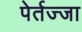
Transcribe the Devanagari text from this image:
पेर्तज्जा